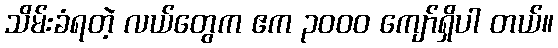
သိမ်းခံရတဲ့ လယ်တွေက ဧက ၃၀၀၀ ကျော်ရှိပါ တယ်။